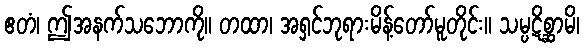
ဧတံ၊ ဤအနက်သဘောကို။ တထာ၊ အရှင်ဘုရားမိန့်တော်မူတိုင်း။ သမ္ပဋိစ္ဆာမိ၊